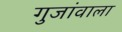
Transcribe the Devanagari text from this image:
गुजांवाला